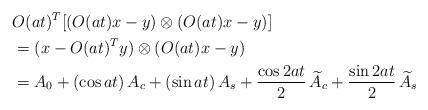
LaTeX: \begin{align*}&O(at)^T [(O(at)x-y)\otimes (O(at)x-y)] \\&=(x-O(at)^Ty)\otimes (O(at)x-y) \\&=A_0+(\cos at)\,A_c+(\sin at)\,A_s+\frac{\cos 2at}{2}\,\widetilde A_c+\frac{\sin 2at}{2}\,\widetilde A_s\end{align*}